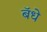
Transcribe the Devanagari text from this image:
बॅधे